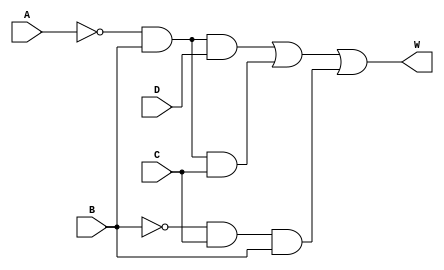
module circut(input A,B,C,D, output W);

    wire E, F, G, H, I;

    // cicut # 1
    not(E, A);
    and(F, E, B, D);
    and(G, E, B, C);
    not(H, B);
    and(I, H, C, B);
    or(W, F, G, I);
    

endmodule

module testbench;

    reg A, B, C, D;

    wire W;

    circut inst_circut(.A(A), .B(B), .C(C), .D(D), .W(W));

    initial begin

    $monitor("Time = %t  A = %b    B = %b    C = %b   D = %b   W = %b", $time, A, B ,C ,D ,W);

    #5 A = 0; B = 0; C = 0; D = 0;
    #5 A = 0; B = 0; C = 0; D = 1;
    #5 A = 0; B = 0; C = 1; D = 0;
    #5 A = 0; B = 0; C = 1; D = 1;
    #5 A = 0; B = 1; C = 0; D = 0;
    #5 A = 0; B = 1; C = 0; D = 1;
    #5 A = 0; B = 1; C = 1; D = 0;
    #5 A = 0; B = 1; C = 1; D = 1;
    #5 A = 1; B = 0; C = 0; D = 0;
    #5 A = 1; B = 0; C = 0; D = 1;
    #5 A = 1; B = 0; C = 1; D = 0;
    #5 A = 1; B = 0; C = 1; D = 1;
    #5 A = 1; B = 1; C = 0; D = 0;
    #5 A = 1; B = 1; C = 0; D = 1;
    #5 A = 1; B = 1; C = 1; D = 0;
    #5 A = 1; B = 1; C = 1; D = 1;

    $finish;

end 
endmodule